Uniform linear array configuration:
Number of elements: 48
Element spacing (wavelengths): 0.5
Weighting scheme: hann
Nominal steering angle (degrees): -15
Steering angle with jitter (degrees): -15.961
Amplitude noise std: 0.05
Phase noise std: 0.05

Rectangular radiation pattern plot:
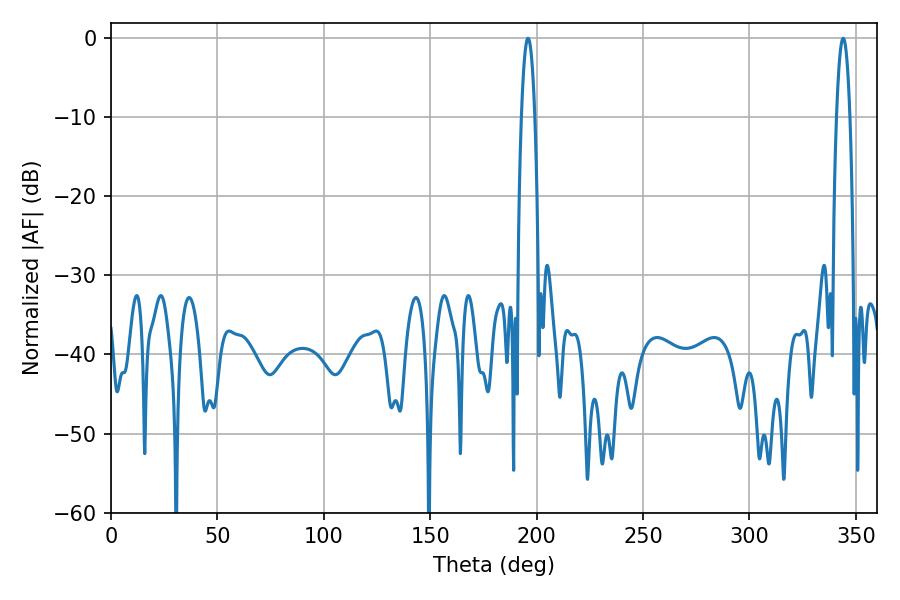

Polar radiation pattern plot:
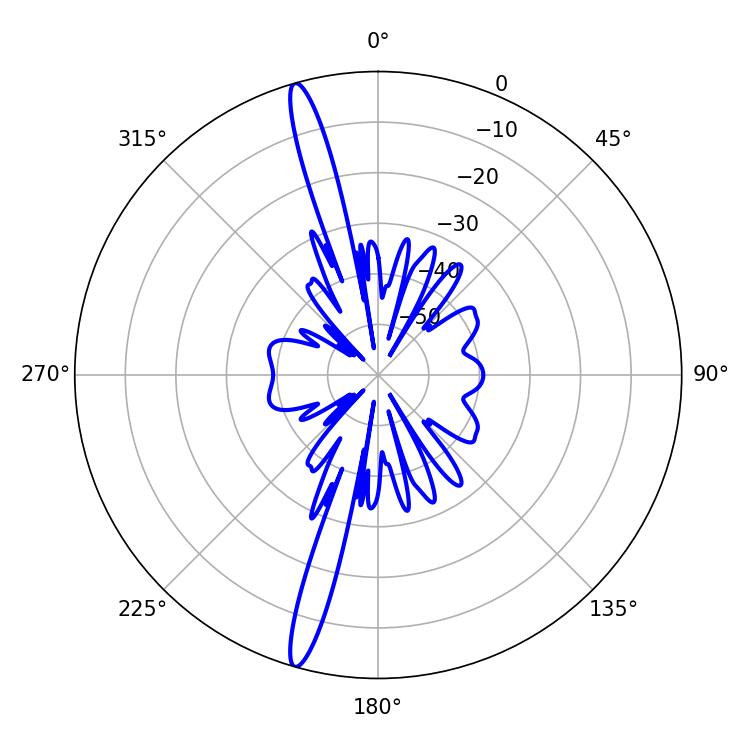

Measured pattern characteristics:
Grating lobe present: FALSE
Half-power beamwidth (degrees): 3.42
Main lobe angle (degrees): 343.98